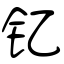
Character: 钇